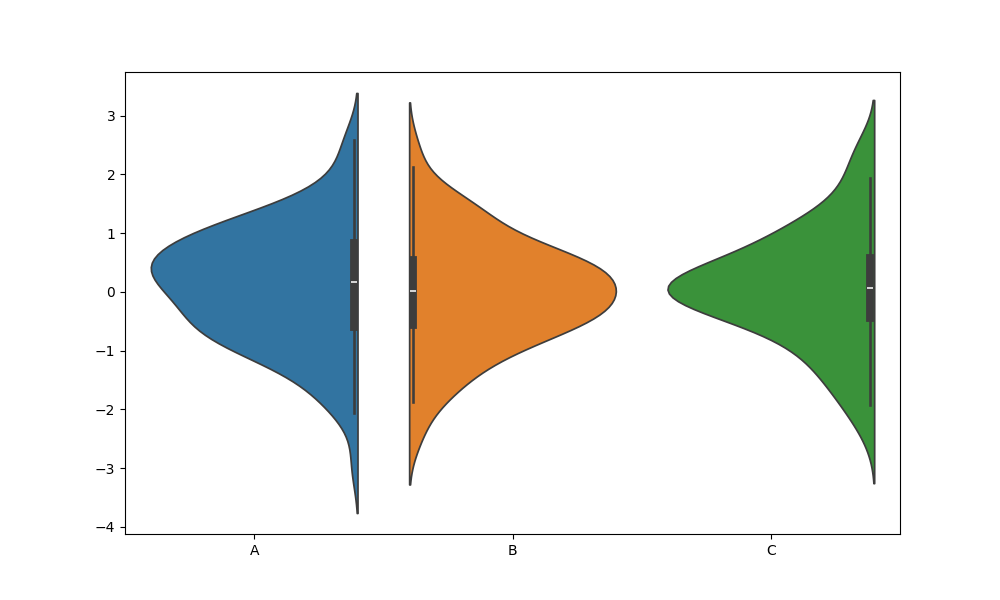
python, seaborn, violinplot, scale='area', split='True', inner='box', fill='True'